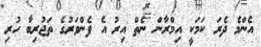
އެންމެ ދެރަ ކަމަކީ އިމްރާން ނެތް އިރު އެ ފެންވަރުގެ ތަޖުރިބާ ހުރި